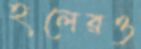
হলেরও